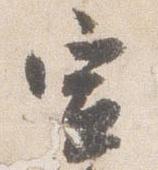
宣